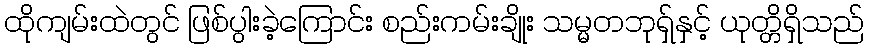
ထိုကျမ်းထဲတွင် ဖြစ်ပွါးခဲ့ကြောင်း စည်းကမ်းချိုး သမ္မတဘုရှ်နှင့် ယုတ္တိရှိသည်